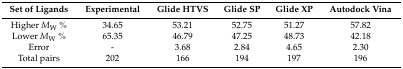
<table><thead><tr><td><b>Set of Ligands</b></td><td><b>Experimental</b></td><td><b>Glide HTVS </b></td><td><b>Glide SP</b></td><td><b>Glide XP</b></td><td><b>Autodock Vina</b></td></tr></thead><tbody><tr><td>Higher <i>M</i><sub>W</sub> %</td><td>34.65</td><td>53.21</td><td>52.75</td><td>51.27</td><td>57.82</td></tr><tr><td>Lower <i>M</i><sub>W</sub> %</td><td>65.35</td><td>46.79</td><td>47.25</td><td>48.73</td><td>42.18</td></tr><tr><td>Error</td><td>-</td><td>3.68</td><td>2.84</td><td>4.65</td><td>2.30</td></tr><tr><td>Total pairs</td><td>202</td><td>166</td><td>194</td><td>197</td><td>196</td></tr></tbody></table>